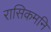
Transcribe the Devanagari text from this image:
रासिकमनि